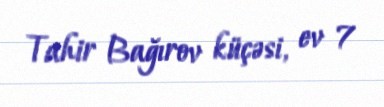
Tahir Bağırov küçəsi, ev 7